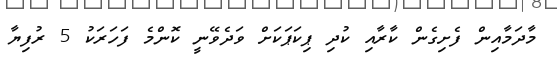
މާދަމާއިން ފެށިގެން ކާރާއި ކުދި ޕިކަޕަކަށް ވަދެވޭނީ ކޮންމެ ފަހަރަކު 5 ރުފިޔާ